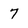
Character: 7